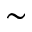
\sim